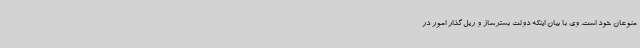
منوعان خود است. وی با بیان اینکه دولت بسترساز و ریل‌گذار امور در